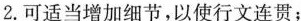
2.可适当增加细节，以使行文连贯；